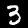
Label: 3